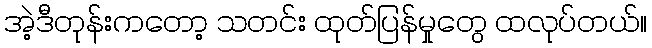
အဲ့ဒီတုန်းကတော့ သတင်း ထုတ်ပြန်မှုတွေ ထလုပ်တယ်။